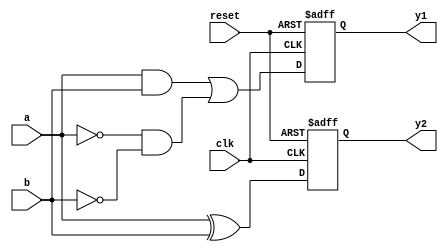
module cpld_example (
    input wire clk,          // Global clock signal
    input wire reset,        // Global reset signal
    input wire [3:0] a,      // Input to Logic Block 1
    input wire [3:0] b,      // Input to Logic Block 2
    output wire [3:0] y1,    // Output from Logic Block 1
    output wire [3:0] y2     // Output from Logic Block 2
);

// Logic Block 1
reg [3:0] lb1_out; // Output of Logic Block 1
always @(posedge clk or posedge reset) begin
    if (reset) begin
        lb1_out <= 4'b0000; // Reset output
    end else begin
        // Example combinational logic using a LUT (4-input)
        lb1_out <= (a & b) | (~a & ~b); // Example logic function
    end
end

assign y1 = lb1_out; // Connect output of Logic Block 1

// Logic Block 2
reg [3:0] lb2_out; // Output of Logic Block 2
always @(posedge clk or posedge reset) begin
    if (reset) begin
        lb2_out <= 4'b0000; // Reset output
    end else begin
        // Example combinational logic using a LUT (4-input)
        lb2_out <= (a ^ b); // Example logic function
    end
end

assign y2 = lb2_out; // Connect output of Logic Block 2

endmodule